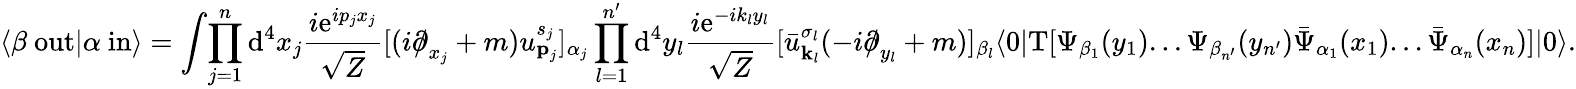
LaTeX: \langle\beta\ \mathrm{out}|\alpha\ \mathrm{in}\rangle=\int\! \prod_{j=1}^{n}\mathrm{d}^{4}x_{j}{\frac{i\mathrm{e}^{ip_{j}x_{j}}}{\sqrt{Z}}}[(i{\partial\! \! \! /}_{x_{j}}+m)u_{{\textbf{p}}_{j}}^{s_{j}}]_{\alpha_{j}}\prod_{l=1}^{n^{\prime}}\mathrm{d}^{4}y_{l}{\frac{i\mathrm{e}^{-ik_{l}y_{l}}}{\sqrt{Z}}}[{\bar{u}}_{{\textbf{k}}_{l}}^{\sigma_{l}}(-i{\partial\! \! \! /}_{y_{l}}+m)]_{\beta_{l}}\langle 0|\mathrm{T}[\Psi_{\beta_{1}}(y_{1})...\Psi_{\beta_{n^{\prime}}}(y_{n^{\prime}}){\bar{\Psi}}_{\alpha_{1}}(x_{1})...{\bar{\Psi}}_{\alpha_{n}}(x_{n})]|0\rangle.